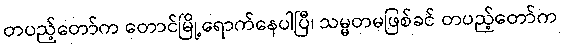
တပည့်တော်က တောင်မြို့ရောက်နေပါပြီ၊ သမ္မတမဖြစ်ခင် တပည့်တော်က